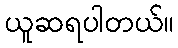
ယူဆရပါတယ်။